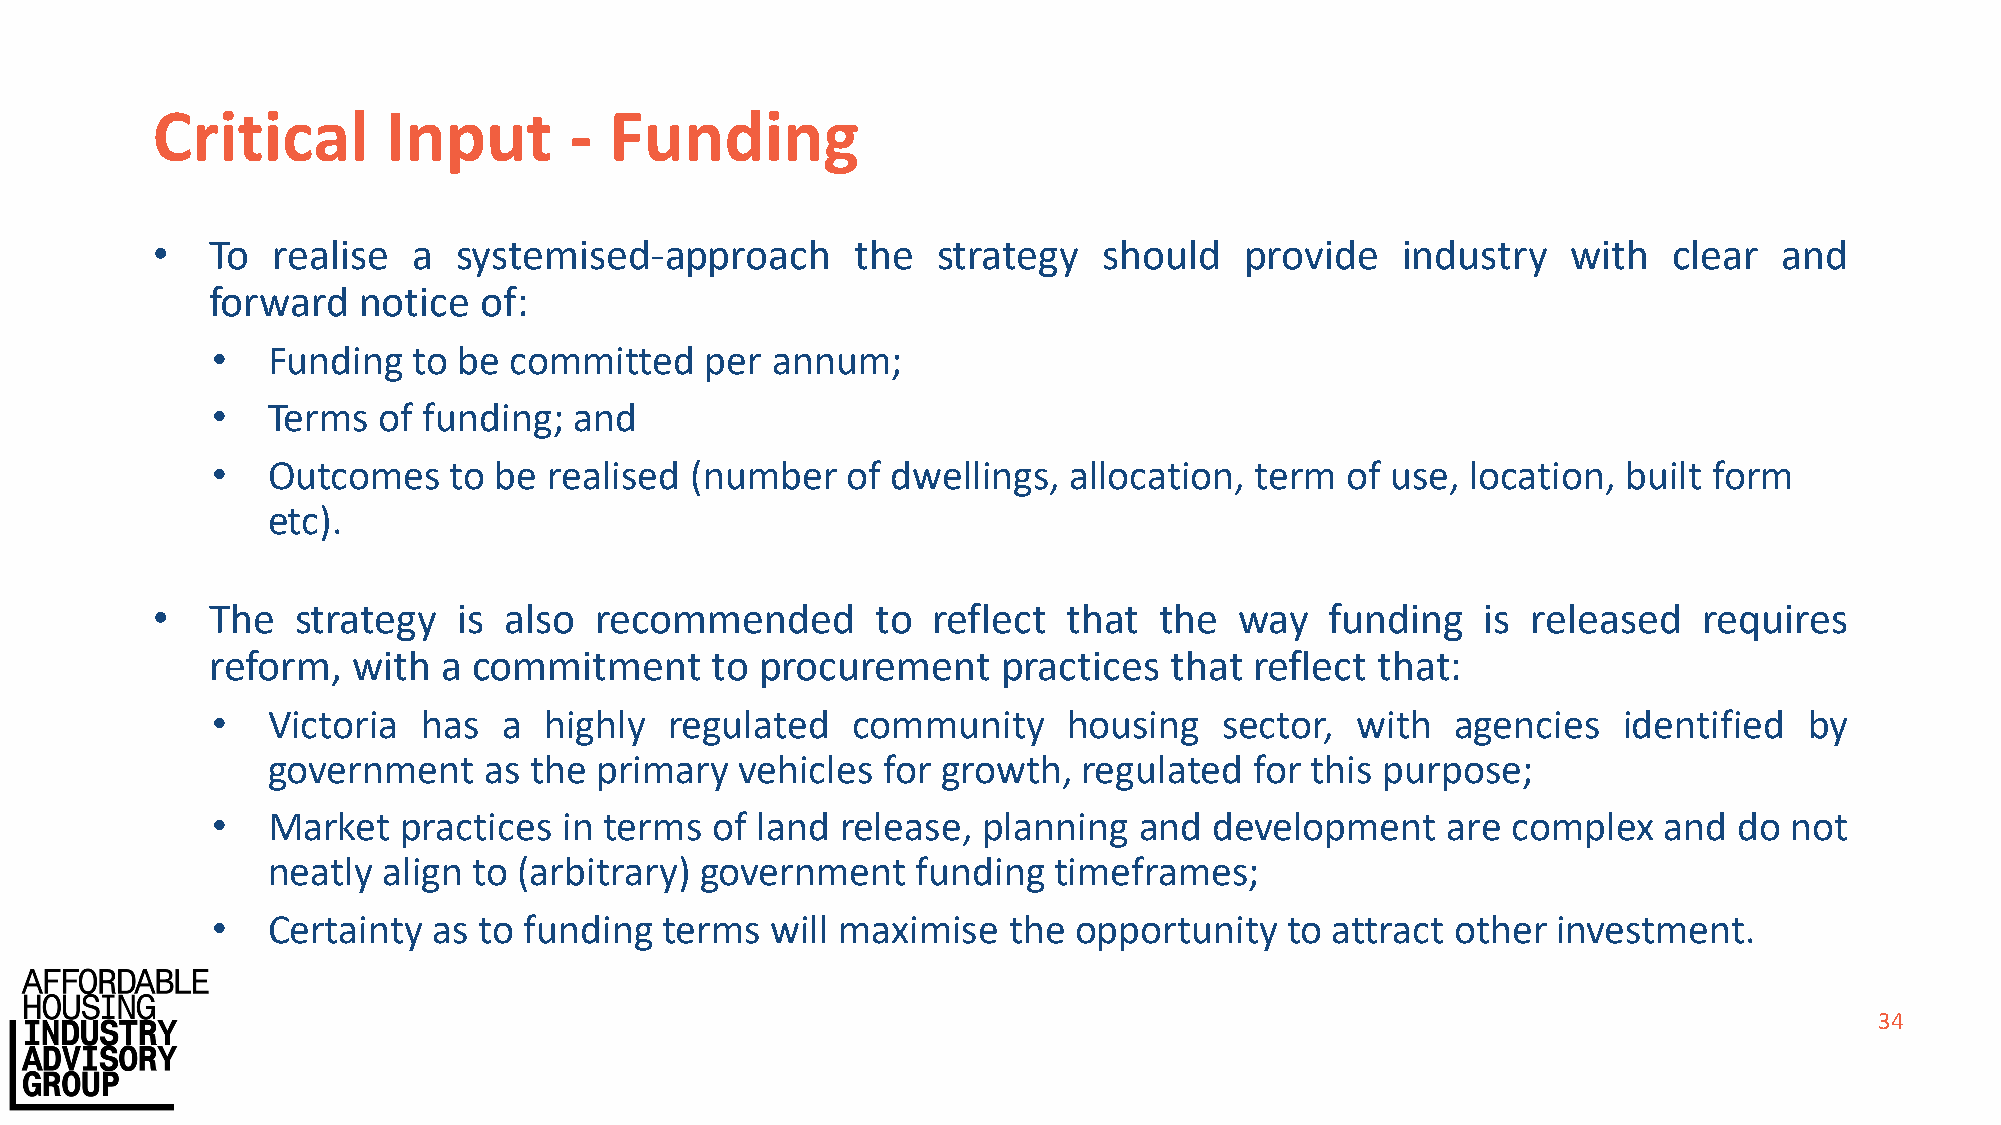
Critical        Input       - Funding
 •   To  realise  a  systemised-approach        the  strategy   should   provide    industry   with   clear  and
 forward   notice  of:
 •   Funding  to be  committed    per annum;
 •   Terms  of funding;  and
 •   Outcomes    to be realised  (number   of dwellings,  allocation, term  of use, location,  built form
 etc).
 •   The  strategy   is also  recommended        to  reflect  that  the  way   funding   is released    requires
 reform,  with  a commitment      to procurement     practices  that  reflect that:
 •   Victoria  has  a  highly  regulated   community      housing   sector,  with  agencies   identified   by
 government    as the primary   vehicles for growth,   regulated  for this purpose;
 •   Market  practices  in terms  of land  release, planning  and  development     are complex   and  do not
 neatly align to (arbitrary) government     funding  timeframes;
 •   Certainty  as to funding  terms  will maximise   the opportunity   to attract other  investment.
 34